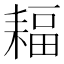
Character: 𦔆